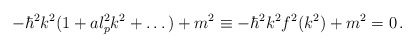
\begin{align*}-\hbar^2 k^2 (1 + a l_{p}^{2} k^2 + \dots) + m^2 \equiv -\hbar^2 k^2 f^2(k^2) +m^2 =0 \, .\end{align*}